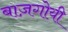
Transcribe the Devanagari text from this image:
बाज़गोयी